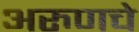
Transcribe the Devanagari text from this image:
अरुणचे